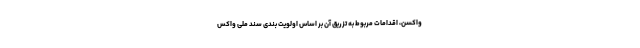
واکسن، اقدامات مربوط به تزریق آن بر اساس اولویت بندی سند ملی واکس